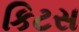
કિટસ